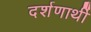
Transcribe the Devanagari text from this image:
दर्शणार्थी